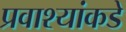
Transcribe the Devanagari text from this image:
प्रवाश्यांकडे